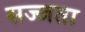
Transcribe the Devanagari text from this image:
सज्जता